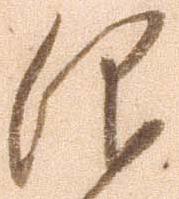
仰